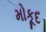
મોકૂદ